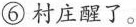
⑥村庄醒了。